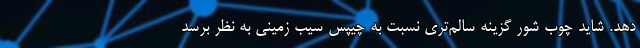
دهد. شاید چوب شور گزینه سالم‌تری نسبت به چیپس سیب زمینی به نظر برسد